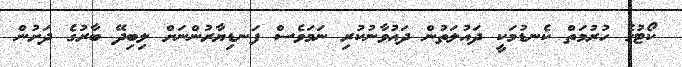
ކޯޓުގެ ހުރުމަތް ކެނޑުމަކީ ދައުލަތުން ދައުވާނުކުރި ނަމަވެސް ފަނޑިޔާރުންނަށް ލިބިދޭ ބާރުގެ ދަށުން